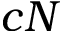
c N